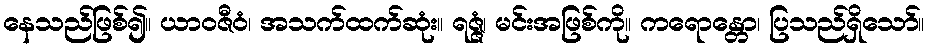
နေသည်ဖြစ်၍။ ယာဝဇီဝံ၊ အသက်ထက်ဆုံး။ ရဇ္ဇံ၊ မင်းအဖြစ်ကို။ ကရောန္တော၊ ပြသည်ရှိသော်။